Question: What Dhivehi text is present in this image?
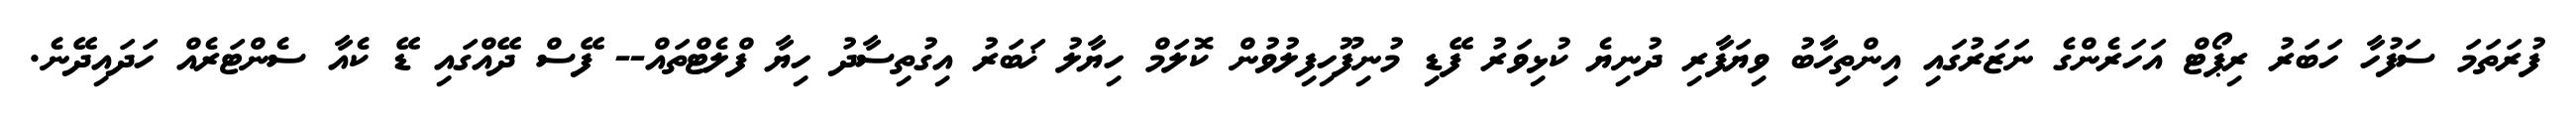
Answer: ފުރަތަމަ ސަފުހާ ހަބަރު ރިޕޯޓް އަހަރެންގެ ނަޒަރުގައި އިންތިހާބު ވިޔަފާރި ދުނިޔެ ކުޅިވަރު ފޭޑި މުނިފޫހިފިލުވުން ކޮލަމް ހިޔާލު ޚަބަރު އިގުތިސާދު ހިޔާ ފްލެޓްތައް-- ފޭސް ދޭއްގައި ޑޭ ކެއާ ސެންޓަރެއް ހަދައިދޭނެ.